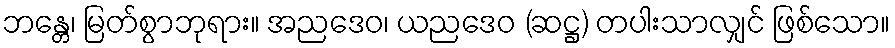
ဘန္တေ၊ မြတ်စွာဘုရား။ အညဒေဝ၊ ယညဒေဝ (ဆဋ္ဌ) တပါးသာလျှင် ဖြစ်သော။